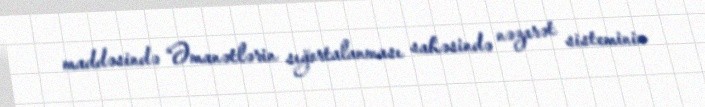
maddəsində “Əmanətlərin sığortalanması sahəsində nəzarət sisteminin